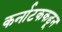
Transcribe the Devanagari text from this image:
कर्नाटककडून